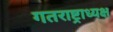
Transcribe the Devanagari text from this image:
गतराष्ट्राध्यक्ष